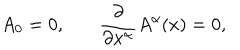
LaTeX: A _ { 0 } = 0 , { \frac { \partial } { \partial { x ^ { \alpha } } } } A ^ { \alpha } ( x ) = 0 ,